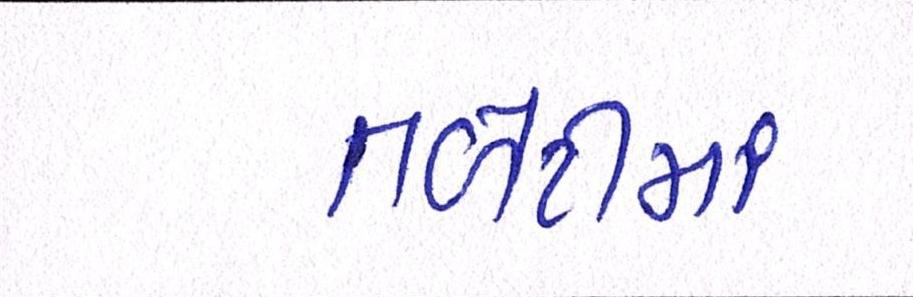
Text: તળેટીમાં